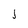
Character: j